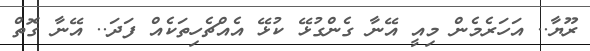
ރޫޔާ.. އަހަރެމެން މިއީ އޭނާ ގެންގުޅޭ ކުޅޭ އެއްޗެހިތަކެއް ފަދަ.. އޭނާ ގޮތް